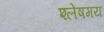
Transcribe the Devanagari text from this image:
श्लेषमय